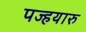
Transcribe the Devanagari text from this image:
पज्हयारु